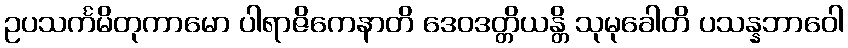
ဥပသင်္ကမိတုကာမော ပါရာဇိကေနာတိ ဒေဝဒတ္တိယန္တိ သုမုခေါတိ ပသန္နဘာဝေါ